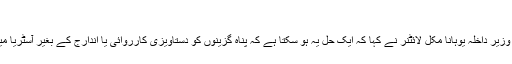
‘‘
دريں اثناء آسٹرين وزير داخلہ يوہانا مکل لائٹنر نے کہا کہ ايک حل يہ ہو سکتا ہے کہ پناہ گزينوں کو دستاويزی کارروائی يا اندارج کے بغير آسٹريا ميں جگہ دی جائے۔